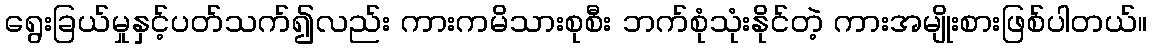
ရွေးခြယ်မှုနှင့်ပတ်သက်၍လည်း ကားကမိသားစုစီး ဘက်စုံသုံးနိုင်တဲ့ ကားအမျိုးစားဖြစ်ပါတယ်။